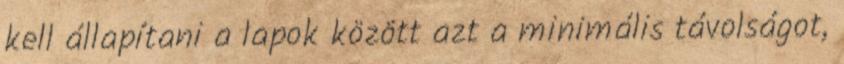
kell állapítani a lapok között azt a minimális távolságot,